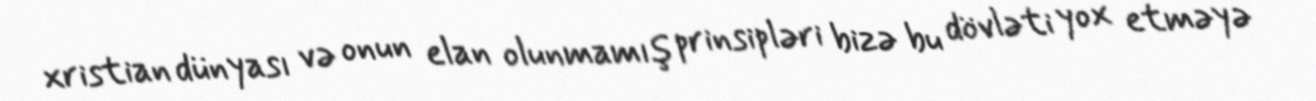
xristian dünyası və onun elan olunmamış prinsipləri bizə bu dövləti yox etməyə